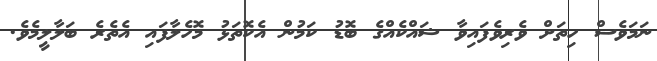
ނަމަވެސް ހިތަށް ވެރިވެފައިވާ ޝައްކެއްގެ ބޮޑު ކަމުން އެކޮތަޅު މޮހެލާފައި އެތެރެ ބަލާލީމެވެ.